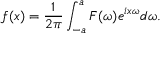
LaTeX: f ( x ) = { \frac { 1 } { 2 \pi } } \int _ { - a } ^ { a } F ( \omega ) e ^ { i x \omega } d \omega .